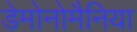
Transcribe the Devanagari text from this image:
डेमोनोमैनिया